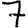
Digit: 7